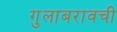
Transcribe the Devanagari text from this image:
गुलाबरावची